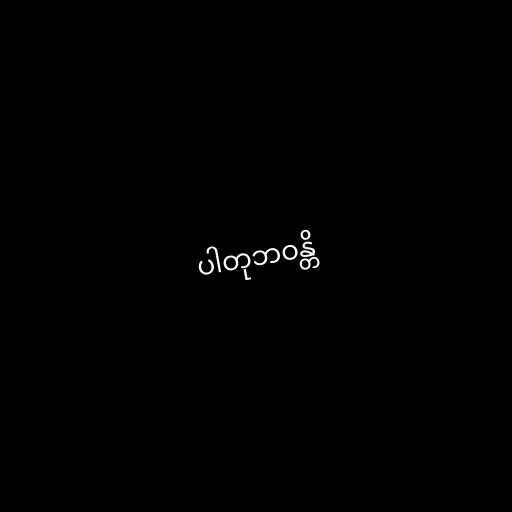
ပါတုဘဝန္တိ